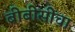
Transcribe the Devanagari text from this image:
बीबीसीचा